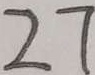
2 7